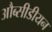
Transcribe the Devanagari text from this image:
औब्सीडीयन